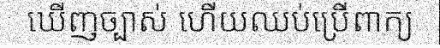
ឃើញច្បាស់ ហើយឈប់ប្រើពាក្យ